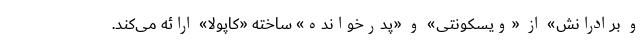
و برادرانش» از «ویسکونتی» و «پدرخوانده» ساخته «کاپولا» ارائه می‌کند.